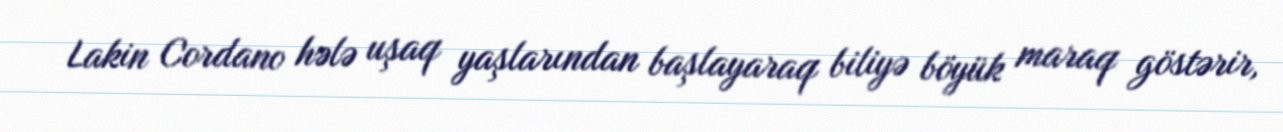
Lakin Cordano hələ uşaq yaşlarından başlayaraq biliyə böyük maraq göstərir,